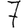
Digit: 7